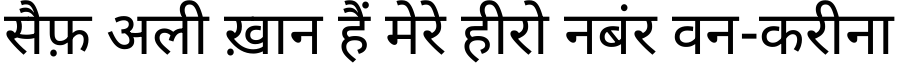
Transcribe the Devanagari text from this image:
सैफ़ अली ख़ान हैं मेरे हीरो नबंर वन-करीना